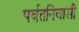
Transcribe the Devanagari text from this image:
पर्वतनिवासी